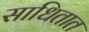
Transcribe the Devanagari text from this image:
साधितात